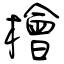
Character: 檜